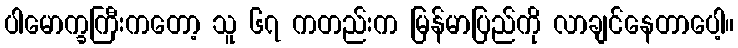
ပါမောက္ခကြီးကတော့ သူ ၆၇ ကတည်းက မြန်မာပြည်ကို လာချင်နေတာပေါ့။